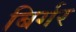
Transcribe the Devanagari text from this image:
बिर्गर